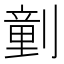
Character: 𠟍